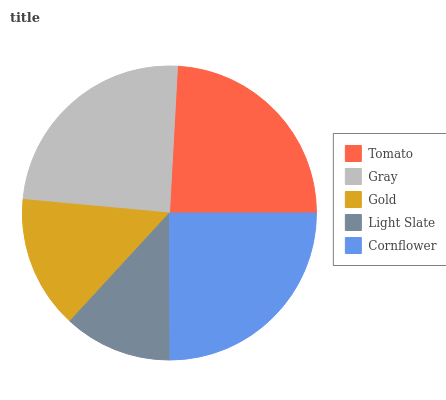
| Tomato | Gray | Gold | Light Slate | Cornflower |
 | --- | --- | --- | --- | --- |
 | 24.2% | 24.3% | 14.6% | 11.9% | 25% |